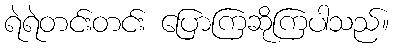
ရဲရဲတင်းတင်း ပြောကြဆိုကြပါသည်။